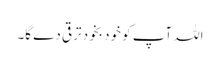
اللہ آپ کو خود بخود ترقی دے گا۔